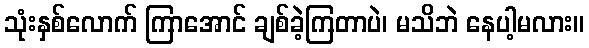
သုံးနှစ်လောက် ကြာအောင် ချစ်ခဲ့ကြတာပဲ၊ မသိဘဲ နေပါ့မလား။